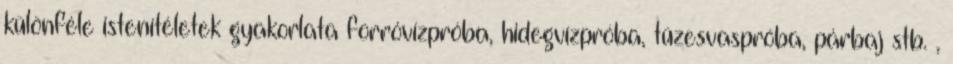
különféle istenítéletek gyakorlata forróvízpróba, hidegvízpróba, tüzesvaspróba, párbaj stb. ,